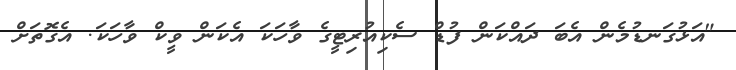
"އަޅުގަނޑުމެން އެބަ ދައްކަން ފުޑް ސެކިއުރިޓީގެ ވާހަކަ އެކަން ވީކް ވާހަކަ. އެގޮތަށް